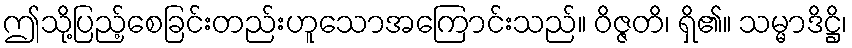
ဤသို့ပြည့်စေခြင်းတည်းဟူသောအကြောင်းသည်။ ဝိဇ္ဇတိ၊ ရှိ၏။ သမ္မာဒိဋ္ဌိ၊